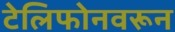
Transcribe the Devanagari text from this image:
टेलिफोनवरून